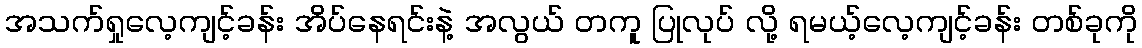
အသက်ရှုလေ့ကျင့်ခန်း အိပ်နေရင်းနဲ့ အလွယ် တကူ ပြုလုပ် လို့ ရမယ့်လေ့ကျင့်ခန်း တစ်ခုကို